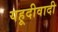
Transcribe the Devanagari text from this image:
यहूदीवादी